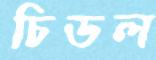
চিডল